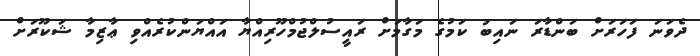
ދެވަނަ ފަހަރަށް ބަންޑާރަ ނައިބު ކަމުގެ މަގާމަށް ރައީސުލްޖުމްހޫރިއްޔާ އައްޔަންކުރެއްވި ޢާޒިމާ ޝަކޫރަށް